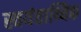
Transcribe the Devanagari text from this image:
स्वयंताथ्यिक